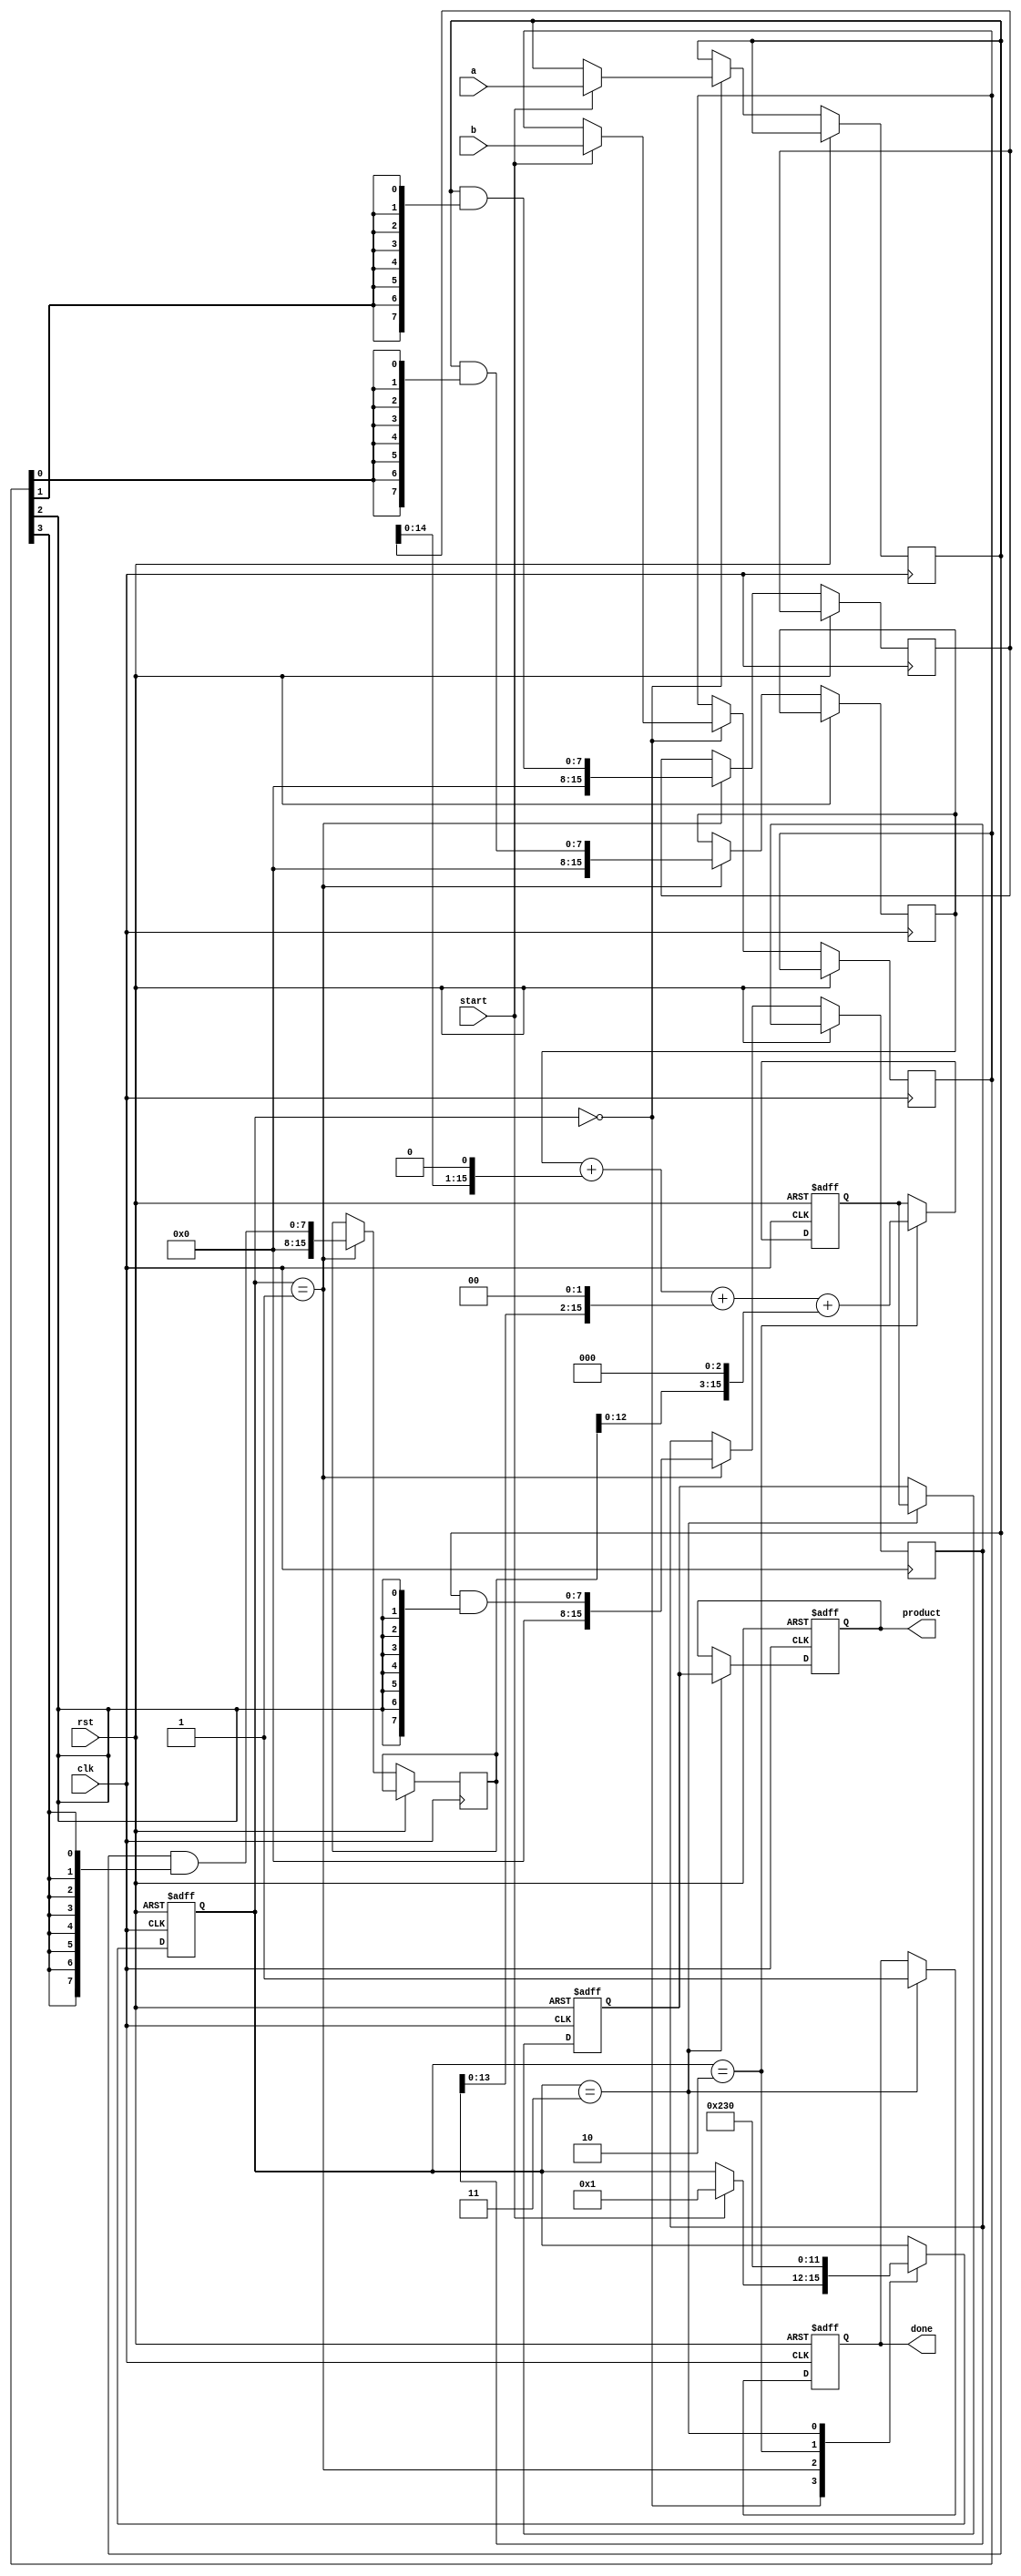
module pipelined_sliced_multiplier #(
    parameter WIDTH = 8, // Bit-width of input operands
    parameter SLICES = 4 // Number of slices
)(
    input clk,
    input rst,
    input [WIDTH-1:0] a, // First operand
    input [WIDTH-1:0] b, // Second operand
    input start, // Start signal for multiplication
    output reg [2*WIDTH-1:0] product, // Output product
    output reg done // Done signal
);

    // Internal signals
    reg [WIDTH-1:0] a_reg [0:SLICES-1]; // Registers for operand a
    reg [WIDTH-1:0] b_reg [0:SLICES-1]; // Registers for operand b
    reg [2*WIDTH-1:0] partial_products [0:SLICES-1]; // Partial products
    reg [2*WIDTH-1:0] sum; // Accumulated sum
    reg [2*WIDTH-1:0] final_result; // Final result
    reg [3:0] stage; // Pipeline stage counter

    // Control logic
    always @(posedge clk or posedge rst) begin
        if (rst) begin
            stage <= 0;
            done <= 0;
            product <= 0;
            sum <= 0;
            final_result <= 0;
        end else begin
            case (stage)
                0: begin // Load inputs
                    if (start) begin
                        a_reg[0] <= a;
                        b_reg[0] <= b;
                        stage <= 1;
                    end
                end
                1: begin // Generate partial products
                    partial_products[0] <= a_reg[0] & {WIDTH{b_reg[0][0]}};
                    partial_products[1] <= a_reg[0] & {WIDTH{b_reg[0][1]}};
                    partial_products[2] <= a_reg[0] & {WIDTH{b_reg[0][2]}};
                    partial_products[3] <= a_reg[0] & {WIDTH{b_reg[0][3]}};
                    stage <= 2;
                end
                2: begin // Accumulate partial products
                    sum <= partial_products[0] + (partial_products[1] << 1) +
                            (partial_products[2] << 2) + (partial_products[3] << 3);
                    stage <= 3;
                end
                3: begin // Final result
                    final_result <= sum;
                    product <= final_result;
                    done <= 1; // Indicate multiplication is done
                    stage <= 0; // Reset stage for next operation
                end
            endcase
        end
    end

endmodule